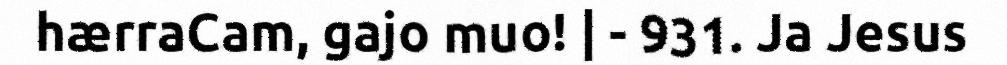
hærraCam, gajo muo! | - 931. Ja Jesus